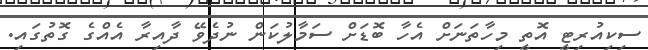
ސިކިއުރިޓީ އޮތީ މިހާތަނަށް އެހާ ބޮޑަށް ސަމާލުކަން ނުދެވޭ ދާއިރާ އެއްގެ ގޮތުގައި.